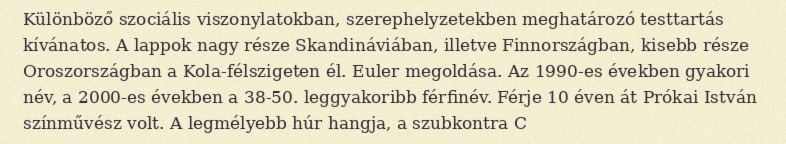
Különböző szociális viszonylatokban, szerephelyzetekben meghatározó testtartás kívánatos. A lappok nagy része Skandináviában, illetve Finnországban, kisebb része Oroszországban a Kola-félszigeten él. Euler megoldása. Az 1990-es években gyakori név, a 2000-es években a 38-50. leggyakoribb férfinév. Férje 10 éven át Prókai István színművész volt. A legmélyebb húr hangja, a szubkontra C